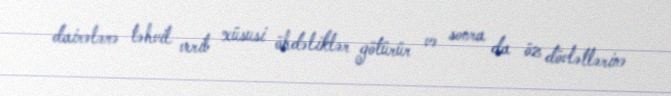
dairələrə təhvil verib xüsusi öhdəliklər götürür və sonra da öz dövlətlərinə